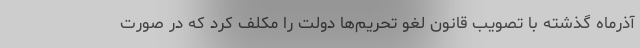
آذرماه گذشته با تصویب قانون لغو تحریم‌ها دولت را مکلف کرد که در صورت